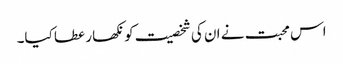
اس محبت نے ان کی شخصیت کو نکھار عطا کیا۔